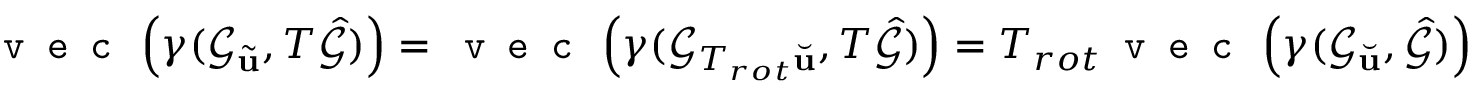
\texttt { v e c } \left( \gamma ( \mathcal { G } _ { \tilde { \mathbf { u } } } , T \hat { \mathcal { G } } ) \right) = \texttt { v e c } \left( \gamma ( \mathcal { G } _ { T _ { r o t } \Breve { \mathbf { u } } } , T \hat { \mathcal { G } } ) \right) = T _ { r o t } \texttt { v e c } \left( \gamma ( \mathcal { G } _ { \Breve { \mathbf { u } } } , \hat { \mathcal { G } } ) \right)